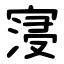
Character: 寖